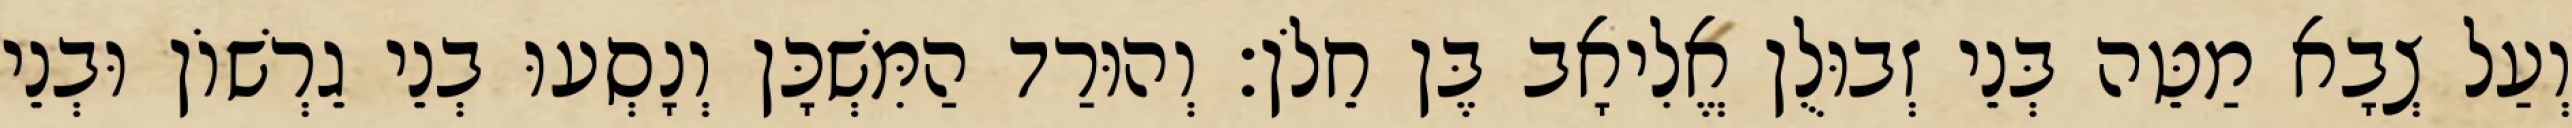
וְעַל צְבָא מַטֵּה בְּנֵי זְבוּלֻן אֱלִיאָב בֶּן חֵלֹן׃ וְהוּרַד הַמִּשְׁכָּן וְנָסְעוּ בְנֵי גֵרְשׁוֹן וּבְנֵי